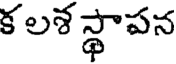
క లశ స్థాపన